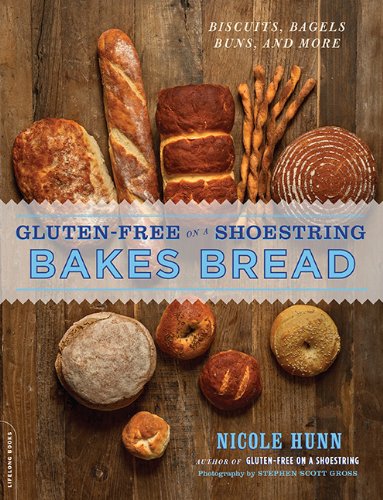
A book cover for Gluten-Free on a Shoestring Bakes Bread: (Biscuits, Bagels, Buns, and More); Nicole Hunn; Cookbooks, Food & Wine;